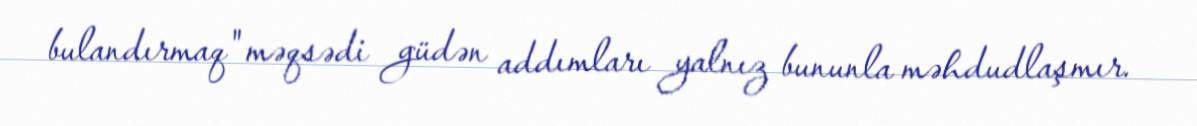
bulandırmaq" məqsədi güdən addımları yalnız bununla məhdudlaşmır.